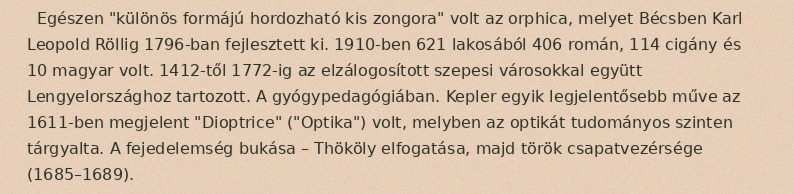
Egészen "különös formájú hordozható kis zongora" volt az orphica, melyet Bécsben Karl Leopold Röllig 1796-ban fejlesztett ki. 1910-ben 621 lakosából 406 román, 114 cigány és 10 magyar volt. 1412-től 1772-ig az elzálogosított szepesi városokkal együtt Lengyelországhoz tartozott. A gyógypedagógiában. Kepler egyik legjelentősebb műve az 1611-ben megjelent "Dioptrice" ("Optika") volt, melyben az optikát tudományos szinten tárgyalta. A fejedelemség bukása – Thököly elfogatása, majd török csapatvezérsége (1685–1689).